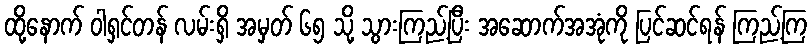
ထို့နောက် ဝါရှင်တန် လမ်းရှိ အမှတ် ၆၅ သို့ သွားကြည့်ပြီး အဆောက်အအုံကို ပြင်ဆင်ရန် ကြည့်ကြ